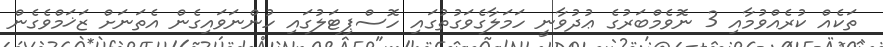
ތަކެއް ކުރެއްވުމާއި 3 ނޮވެމްބަރުގެ ޢުދުވާނީ ހަމަލާގެވަގުތުގައި ހޮސްޕިޓަލުގައި ހުންނަވައިގެން އެތަނަށް ޒަޚަމްވެގެން